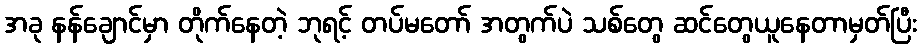
အခု နန်ချောင်မှာ တိုက်နေတဲ့ ဘုရင့် တပ်မတော် အတွက်ပဲ သစ်တွေ ဆင်တွေယူနေတာမှတ်ပြီး